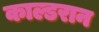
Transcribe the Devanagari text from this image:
काल्डरान